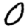
Digit: 0